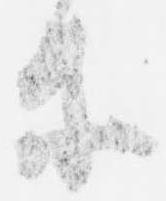
等